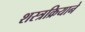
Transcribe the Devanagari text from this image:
शस्त्रक्रियाने